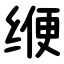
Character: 缏